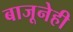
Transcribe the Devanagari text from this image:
बाजूनेही